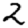
Digit: 2